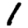
Digit: 1